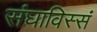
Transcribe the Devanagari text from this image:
संघाविस्सं